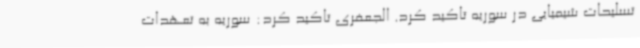
تسلیحات شیمیایی در سوریه تاکید کرد. الجعفری تاکید کرد: سوریه به تعهدات